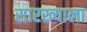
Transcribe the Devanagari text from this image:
सारख्याला